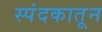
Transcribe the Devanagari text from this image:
स्पंदकातून